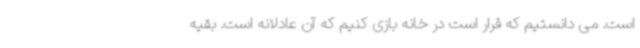
است. می دانستیم که قرار است در خانه بازی کنیم که آن عادلانه است. بقیه